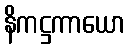
နိကဋ္ဌကာယော